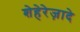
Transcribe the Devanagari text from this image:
शेहेरेज़ादे